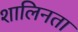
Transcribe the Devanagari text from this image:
शालिनता